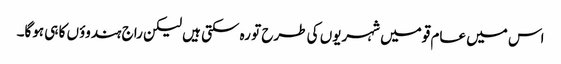
اس میں عام قومیں شہریوں کی طرح تو رہ سکتی ہیں لیکن راج ہندوؤں کا ہی ہوگا۔